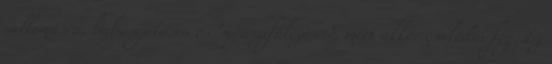
vallomásra, babusgatásra és "nyuszifülezésre", mert akkor csalódni fog. Ez